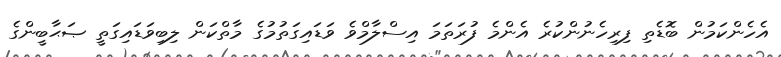
އެހެންކަމުން ބޮޑެތި ފިރިހެނުންކުރެ އެންމެ ފުރަތަމަ އިސްލާމްވެ ވަޑައިގަތުމުގެ މާތްކަން ލިބިވަޑައިގަތީ ޞަޙާބީންގެ